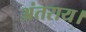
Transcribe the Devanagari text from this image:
अंतराय।